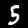
Digit: 5